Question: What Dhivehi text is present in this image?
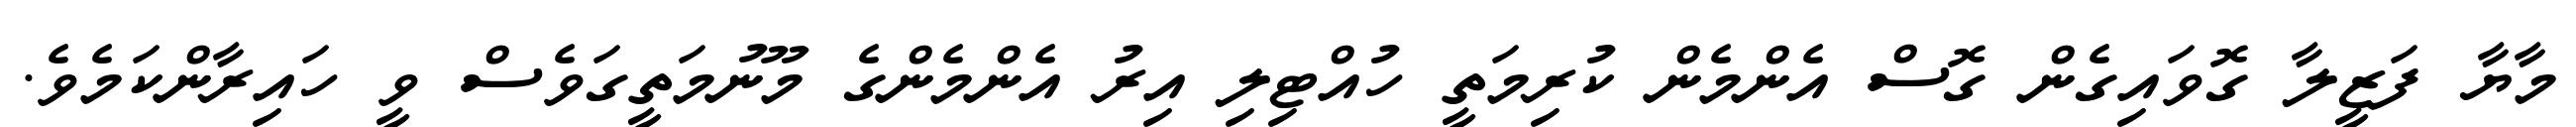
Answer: މާޔާ ފަޒީލާ ގޮވައިގެން ގޮސް އެންމެން ކުރިމަތީ ހުއްޓިލި އިރު އެންމެންގެ މޫނުމަތީގަވެސް ވީ ހައިރާންކަމެވެ.